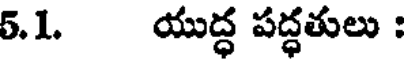
5.1. యుద్ధ పద్ధతులు :